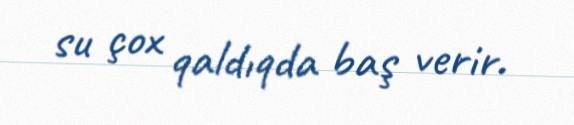
su çox qaldıqda baş verir.